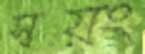
স্বয়ং